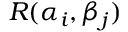
R ( \alpha _ { i } , \beta _ { j } )